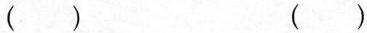
() ()